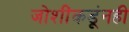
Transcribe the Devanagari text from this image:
जोशींकडूंनही